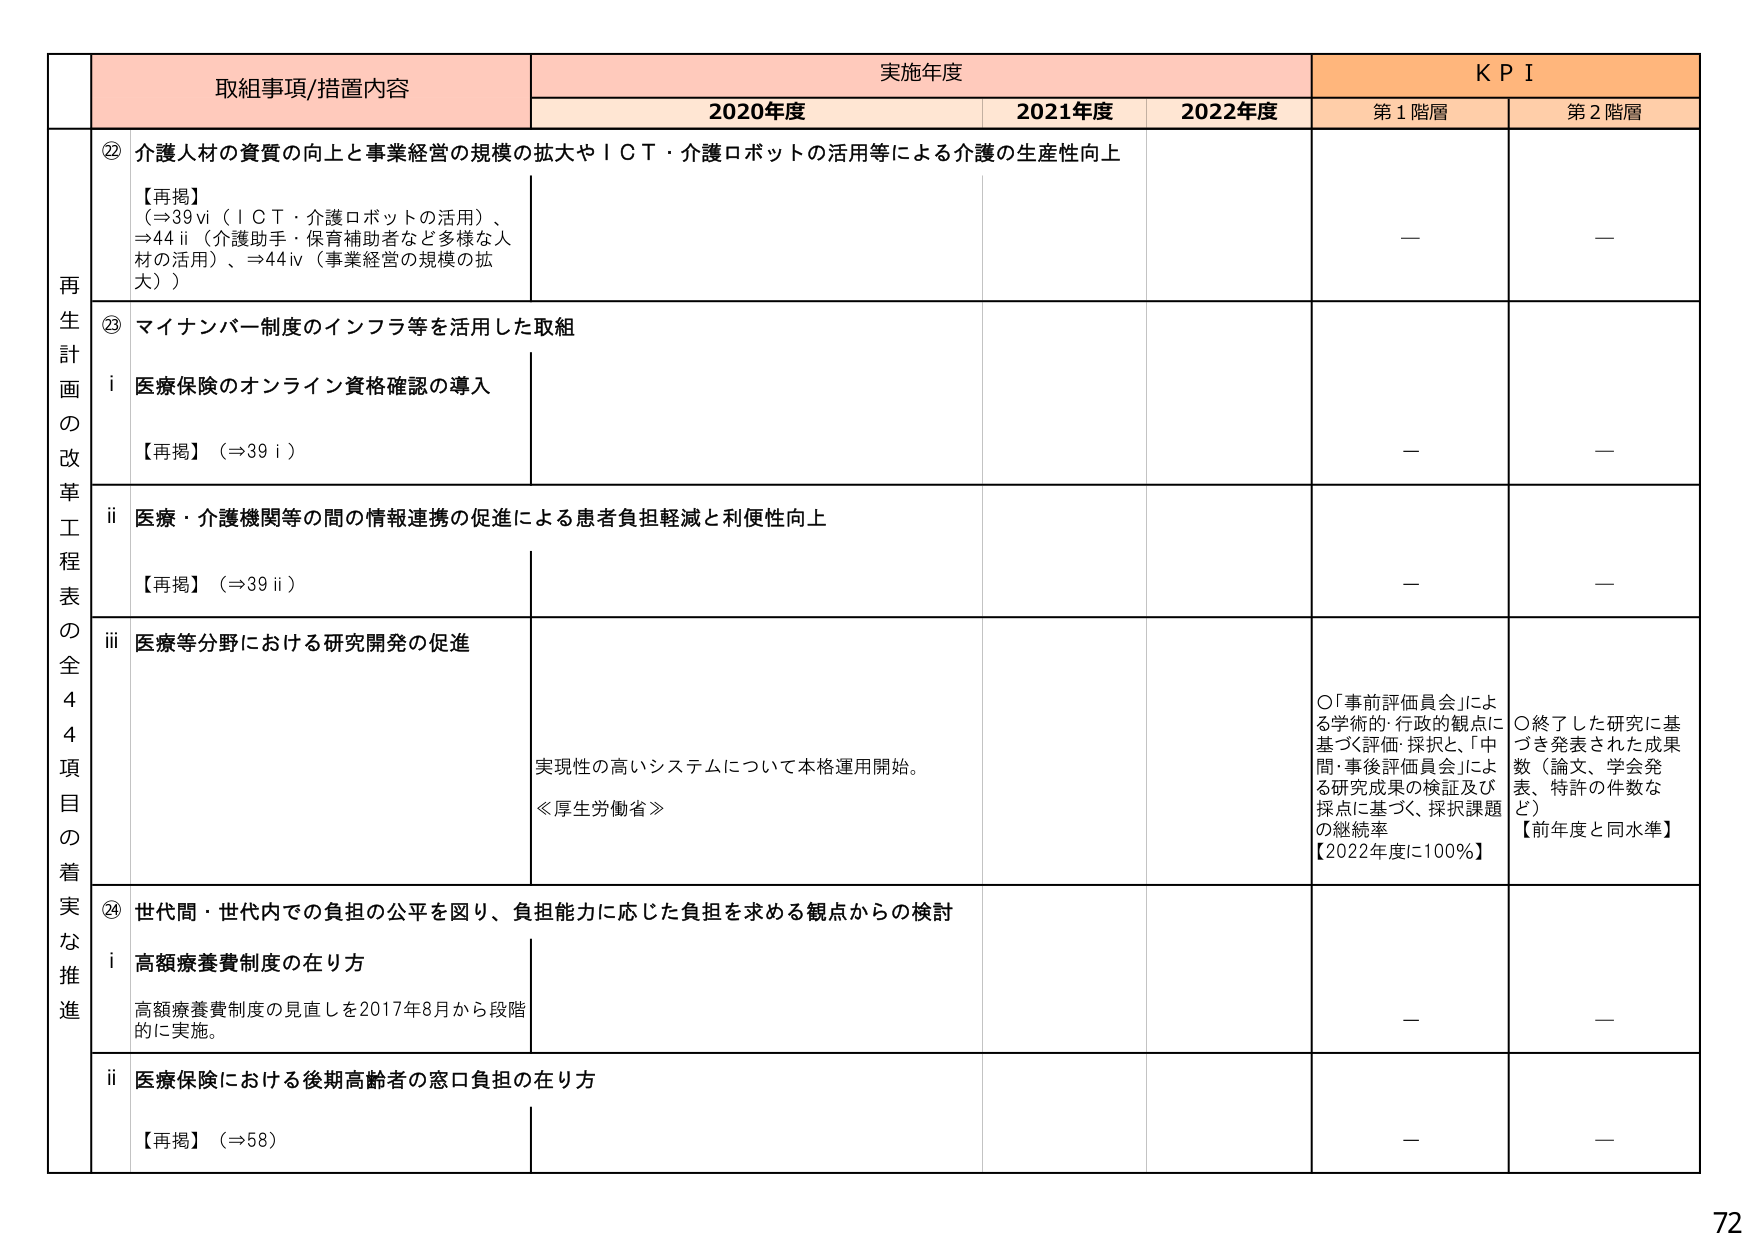
再生計画の改革工程表の全44項目の着実な推進

取組事項/措置内容
実施年度
KPI

2020年度
2021年度
2022年度
第1階層
第2階層

⑫ 介護人材の資質の向上と事業経営の規模の拡大やＩＣＴ・介護ロボットの活用等による介護の生産性向上
【再掲】
(⇒39ⅵ（ＩＣＴ・介護ロボットの活用）、
⇒44ⅱ（介護助手・保育補助者など多様な人材の活用）、⇒44ⅳ（事業経営の規模の拡大）)
－
－

⑬ マイナンバー制度のインフラ等を活用した取組
ⅰ 医療保険のオンライン資格確認の導入
【再掲】（⇒39ⅰ）
－
－

ⅱ 医療・介護機関等の間の情報連携の促進による患者負担軽減と利便性向上
【再掲】（⇒39ⅱ）
－
－

ⅲ 医療等分野における研究開発の促進
実現性の高いシステムについて本格運用開始。
≪厚生労働省≫
○「事前評価員会」による学術的・行政的観点に基づく評価・採択と、「中間・事後評価員会」による研究成果の検証及び採択に基づく、採択課題の継続率
【2022年度に100％】
○終了した研究に基づき発表された成果数（論文、学会発表、特許の件数など）
【前年度と同水準】

⑭ 世代間・世代内での負担の公平を図り、負担能力に応じた負担を求める観点からの検討
ⅰ 高額療養費制度の在り方
高額療養費制度の見直しを2017年8月から段階的に実施。
－
－

ⅱ 医療保険における後期高齢者の窓口負担の在り方
【再掲】（⇒58）
－
－

72